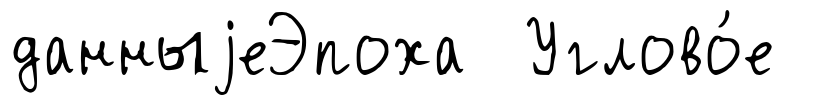
данныjеЭпоха Углово́е